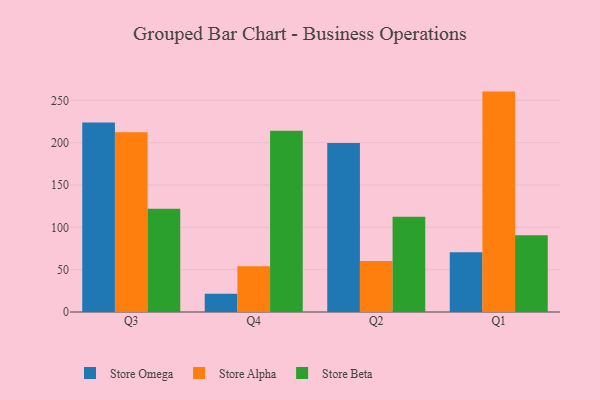
{"axis": {"x": "Quarter", "y": "Operating Costs (USD K)"}, "legend": ["Store Alpha", "Store Beta", "Store Omega"], "data": [{"x": "Q3", "y": 223.8, "type": "Store Omega"}, {"x": "Q3", "y": 212.4, "type": "Store Alpha"}, {"x": "Q3", "y": 122.0, "type": "Store Beta"}, {"x": "Q4", "y": 21.6, "type": "Store Omega"}, {"x": "Q4", "y": 54.1, "type": "Store Alpha"}, {"x": "Q4", "y": 214.2, "type": "Store Beta"}, {"x": "Q2", "y": 199.5, "type": "Store Omega"}, {"x": "Q2", "y": 60.1, "type": "Store Alpha"}, {"x": "Q2", "y": 112.4, "type": "Store Beta"}, {"x": "Q1", "y": 70.6, "type": "Store Omega"}, {"x": "Q1", "y": 260.3, "type": "Store Alpha"}, {"x": "Q1", "y": 90.6, "type": "Store Beta"}]}